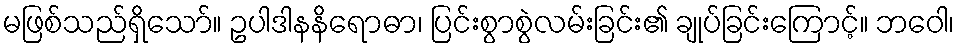
မဖြစ်သည်ရှိသော်။ ဥပါဒါနနိရောဓာ၊ ပြင်းစွာစွဲလမ်းခြင်း၏ ချုပ်ခြင်းကြောင့်။ ဘဝေါ၊